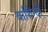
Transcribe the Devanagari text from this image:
बाशिन्दों